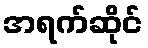
အရက်ဆိုင်